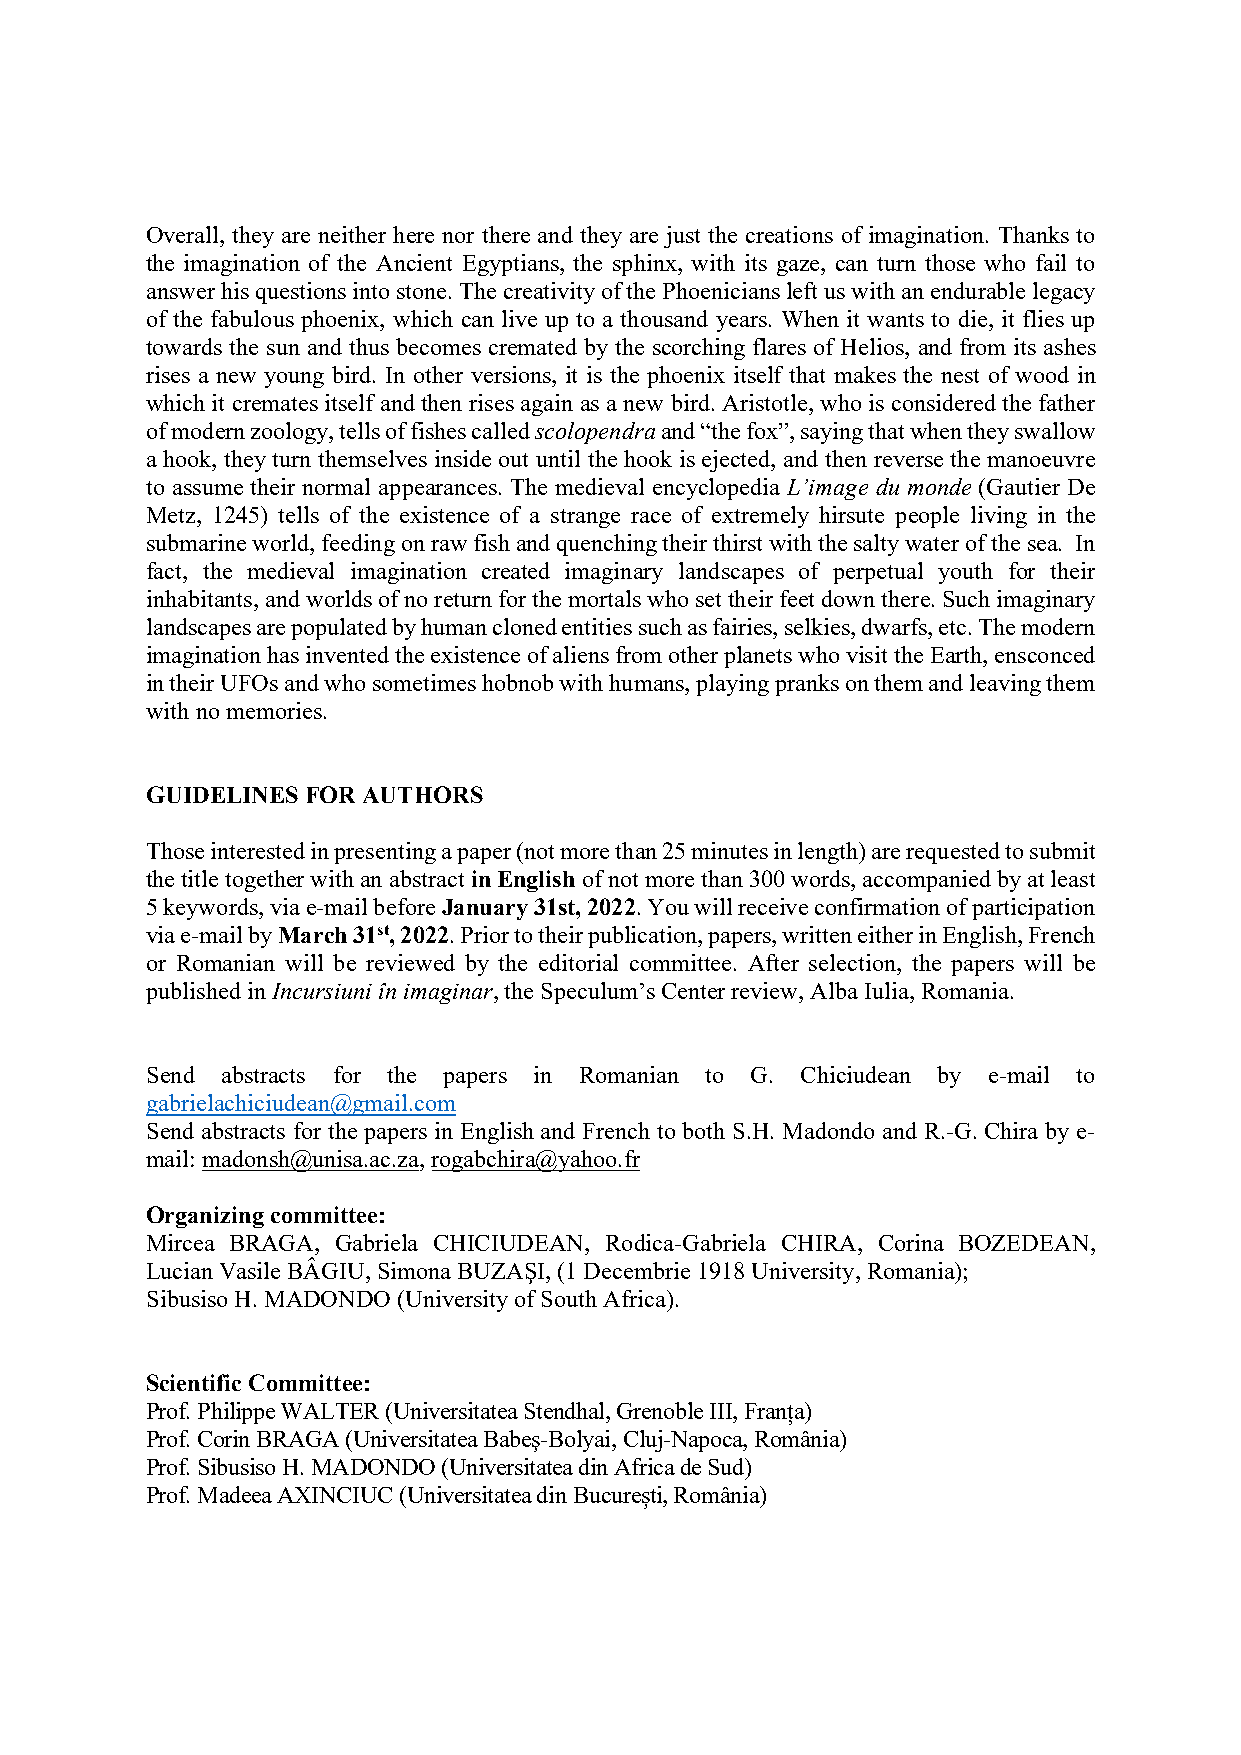
Overall, they are neither here nor there and they are just the creations of imagination. Thanks to
 the imagination of the Ancient Egyptians, the sphinx, with its gaze, can turn those who fail to
 answer his questions into stone. The creativity of the Phoenicians left us with an endurable legacy
 of the fabulous phoenix, which can live up to a thousand years. When it wants to die, it flies up
 towards the sun and thus becomes cremated by the scorching flares of Helios, and from its ashes
 rises a new young bird. In other versions, it is the phoenix itself that makes the nest of wood in
 which it cremates itself and then rises again as a new bird. Aristotle, who is considered the father
 of modern zoology, tells of fishes called scolopendra and “the fox”, saying that when they swallow
 a hook, they turn themselves inside out until the hook is ejected, and then reverse the manoeuvre
 to assume their normal appearances. The medieval encyclopedia L’image du monde (Gautier De
 Metz, 1245) tells of the existence of a strange race of extremely hirsute people living in the
 submarine world, feeding on raw fish and quenching their thirst with the salty water of the sea. In
 fact, the medieval imagination created imaginary landscapes of perpetual youth for their
 inhabitants, and worlds of no return for the mortals who set their feet down there. Such imaginary
 landscapes are populated by human cloned entities such as fairies, selkies, dwarfs, etc. The modern
 imagination has invented the existence of aliens from other planets who visit the Earth, ensconced
 in their UFOs and who sometimes hobnob with humans, playing pranks on them and leaving them
 with no memories.
 GUIDELINES FOR AUTHORS
 Those interested in presenting a paper (not more than 25 minutes in length) are requested to submit
 the title together with an abstract in English of not more than 300 words, accompanied by at least
 5 keywords, via e-mail before January 31st, 2022. You will receive confirmation of participation
 via e-mail by March 31st, 2022. Prior to their publication, papers, written either in English, French
 or Romanian will be reviewed by the editorial committee. After selection, the papers will be
 published in Incursiuni în imaginar, the Speculum’s Center review, Alba Iulia, Romania.
 Send abstracts for the papers in Romanian to G. Chiciudean by e-mail to
 gabrielachiciudean@gmail.com
 Send abstracts for the papers in English and French to both S.H. Madondo and R.-G. Chira by e-
 mail: madonsh@unisa.ac.za, rogabchira@yahoo.fr
 Organizing committee:
 Mircea BRAGA, Gabriela CHICIUDEAN, Rodica-Gabriela CHIRA, Corina BOZEDEAN,
 Lucian Vasile BÂGIU, Simona BUZAŞI, (1 Decembrie 1918 University, Romania);
 Sibusiso H. MADONDO (University of South Africa).
 Scientific Committee:
 Prof. Philippe WALTER (Universitatea Stendhal, Grenoble III, Franța)
 Prof. Corin BRAGA (Universitatea Babeş-Bolyai, Cluj-Napoca, România)
 Prof. Sibusiso H. MADONDO (Universitatea din Africa de Sud)
 Prof. Madeea AXINCIUC (Universitatea din București, România)